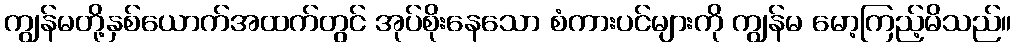
ကျွန်မတို့နှစ်ယောက်အထက်တွင် အုပ်စိုးနေသော စံကားပင်များကို ကျွန်မ မော့ကြည့်မိသည်။